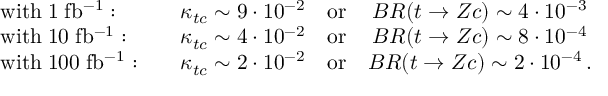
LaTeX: \begin{array} { l c c } { { \mathrm { w i t h } \; 1 \; \mathrm { f b ^ { - 1 } } : \quad } } & { { \kappa _ { t c } ^ { } \sim 9 \cdot 1 0 ^ { - 2 } \quad \mathrm { o r } } } & { { B R ( t \rightarrow Z c ) \sim 4 \cdot 1 0 ^ { - 3 } } } \\ { { \mathrm { w i t h } \; 1 0 \; \mathrm { f b ^ { - 1 } } : \quad } } & { { \kappa _ { t c } ^ { } \sim 4 \cdot 1 0 ^ { - 2 } \quad \mathrm { o r } } } & { { B R ( t \rightarrow Z c ) \sim 8 \cdot 1 0 ^ { - 4 } } } \\ { { \mathrm { w i t h } \; 1 0 0 \; \mathrm { f b ^ { - 1 } } : \quad } } & { { \kappa _ { t c } ^ { } \sim 2 \cdot 1 0 ^ { - 2 } \quad \mathrm { o r } } } & { { B R ( t \rightarrow Z c ) \sim 2 \cdot 1 0 ^ { - 4 } \, . } } \end{array}